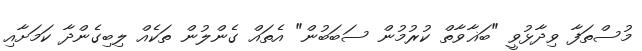
މުސްތަފާ ވިދާޅުވީ "ބަޣާވާތް ކުރުމުން ސަބަބުން" އެތައް ގެންލުން ތަކެއް ލިބިގެންދާ ކަމަށާއި